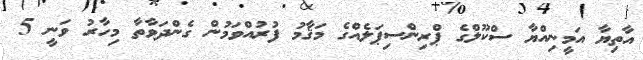
އާތިޔާ އަމީނިއްޔާ ސްކޫލްގެ ޕްރިންސިޕަލެއްގެ މަޤާމު ފުރުއްވަމުން ގެންދަވާތާ މިހާރު ވަނީ 5